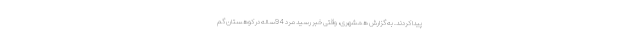
پیدا کردند. به گزارش همشهری، وقتی خبر رسید مرد 94ساله در کوهستان گم